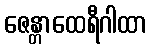
ဇေန္တာထေရီဂါထာ